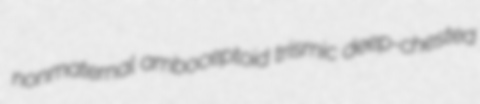
nonmaternal amboceptoid trismic deep-chested